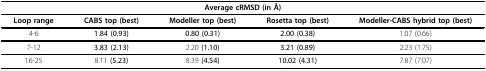
| <COLSPAN=5> Average cRMSD (in Å) |
 | --- | --- | --- | --- | --- |
 | Loop range | CABS top (best) | Modeller top (best) | Rosetta top (best) | Modeller-CABS hybrid top (best) |
 | 4-6 | 1.84 (0.93) | 0.80 (0.31) | 2.00 (0.38) | 1.07 (0.66) |
 | 7-12 | 3.83 (2.13) | 2.20 (1.10) | 3.21 (0.89) | 2.23 (1.75) |
 | 16-25 | 8.11 (5.23) | 8.39 (4.54) | 10.02 (4.31) | 7.87 (7.07) |